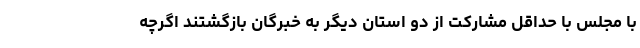
با مجلس با حداقل مشارکت از دو استان دیگر به خبرگان بازگشتند اگرچه